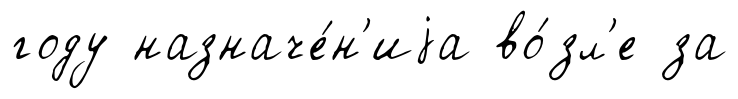
году назначе́н'иjа во́зл'е за